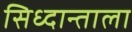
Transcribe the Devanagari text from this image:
सिध्दान्ताला